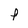
Character: F